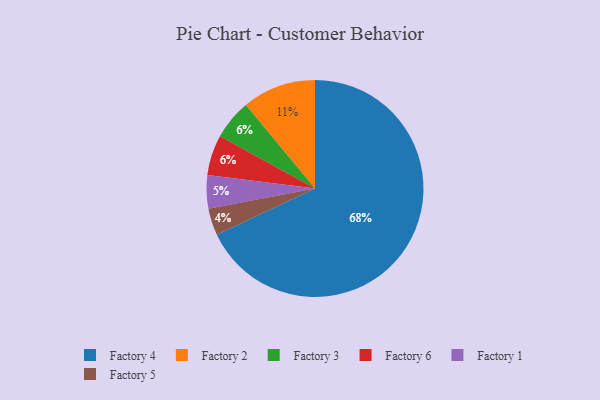
{"axis": {"x": "Category", "y": "Percentage"}, "legend": ["Factory 1", "Factory 2", "Factory 3", "Factory 4", "Factory 5", "Factory 6"], "data": [{"x": "Factory 5", "y": 4, "type": "Factory 5"}, {"x": "Factory 2", "y": 11, "type": "Factory 2"}, {"x": "Factory 4", "y": 68, "type": "Factory 4"}, {"x": "Factory 1", "y": 5, "type": "Factory 1"}, {"x": "Factory 3", "y": 6, "type": "Factory 3"}, {"x": "Factory 6", "y": 6, "type": "Factory 6"}]}